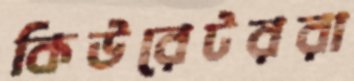
কিউরেটররা